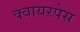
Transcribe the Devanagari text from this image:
क्वायरपेस